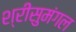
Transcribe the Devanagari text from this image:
श्रीसुमंगल